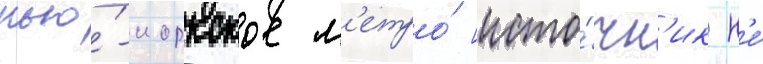
нью́-иоркское м'етро́ [исто́чн'ик н'е́